Report of the Hyderabad Chloroform Commission
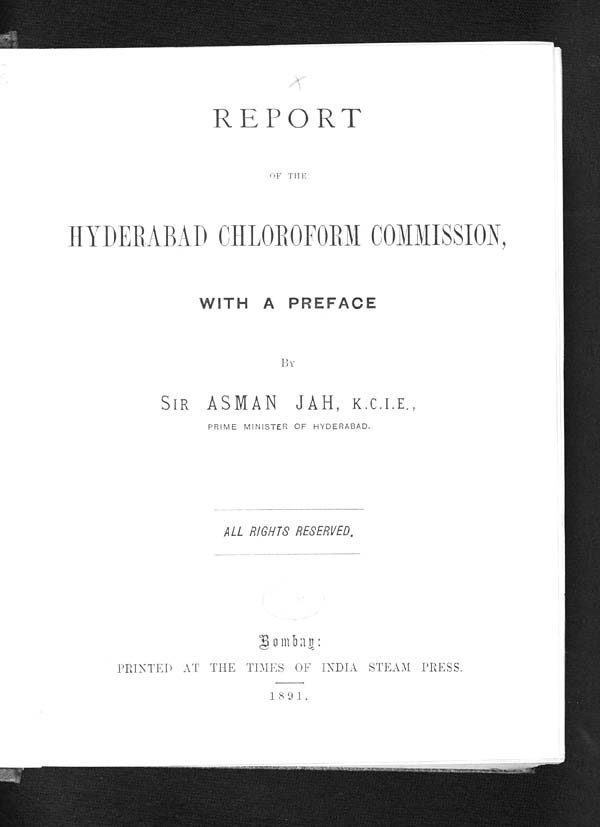
REPORT
OF THE
HYDERABAD CHLOROFORM COMMISSIN,
WITH A PREFACE
BY
SIR ASMAN JAH, K. C. I. E. ,
PRIME MINISTER OF HYDERABAD.
ALL RIGHTS RESERVED.
PRINTED AT THE TIMES OF INDIA STEAM PRESS.
1891.